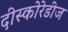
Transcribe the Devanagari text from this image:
दीस्कोरेडीज